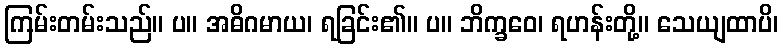
ကြမ်းတမ်းသည်။ ပ။ အဓိဂမာယ၊ ရခြင်း၏။ ပ။ ဘိက္ခဝေ၊ ရဟန်းတို့။ သေယျထာပိ၊